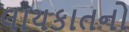
લાયકાતનો